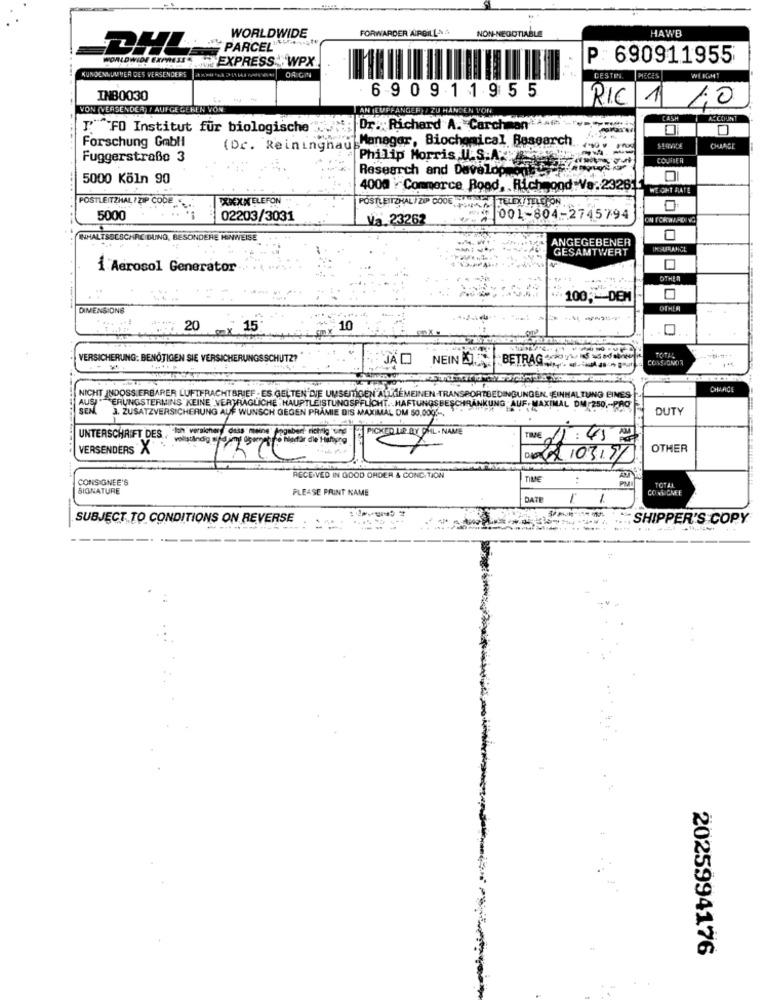
FORWARDER ARGILLA
NON-NEGOTIABLE
HAWE
WORLDWIDE
DHL
WORLDWIDE EXPRESS
EXPRESS WPX
P : 690911955
MECES
KUNDENNUMMER DES VERSENDERS aXML -a 2 6%LS RAR 00 09| ORIGIN
. . 1
DESTIN
WEKMT
690911955
IN80030
VON (VERSENDER) / AUFGE GEREN VON
AN (EUPFANGER) / ZU HANDEN 1
RIC 1 10
CASH
ACCOUNT
I ^FO Institut für biologische
Dr. Richard A. CarchmanA
Forschung Gmbll
(Dr. Reininghaj Manager, Biochemical Research
Fuggerstraße 3
COURIER
Philip Morris U.S.A.M.
Research and Develop ..
5000 Köln 90
4000 - Commerce Road, Richmond Va:23261
WE OHT RATE
POSTLEITZHAL / ZIP CODE
XIXNTELEFON
POSTLEITZHAL/ZIP 0006.
TELEX/ TELEFON
0
5000
02203/3031
Va.23262
001-804-2745794
INHALTSBESCHREIBUNG, BESONDERE HINWEISE
ANGEGEBENER
GESAMTWERT
INSURANCE
1 Aerosol Generator
OTHER
100;DEM
DIMENSIONS
OTHER
-----
20
mx
15
10
VERSICHERUNG: BENÖTIGEN SIE VERSICHERUNGSSCHUTZ?
JA O
NEIN
BETRAG
CHARGE
NICHT INDOSSIERBARER LUFTFRACHTBRIEF - ES GELTEN DIE UMSEMGEN ALLGEMEINEN-TRANS
ORTBEDINGUNGEN. EINHALTUNG EINES
ERUNGSTERMINS KEINE VERTRAGLICHE . HAUPTLEISTUNGSPFLICHT. . HAFTUNG
LANKUNG AUF, MAXIMAL DM 250 ,- PRO
DUTY
SEN. J. ZUSATZVERSICHERUNG AUF WUNSCH GEGEN PRÄMIE DIS MAXIMAL DM 50.000 .-.
UNTERSCHRIFT DES. han versicher dass m
PICKED UP BY SAIL . NAME
TIME 11:45 2
VERSENDERS X
OTHER
volsanos zone
DA0 8/03/50
CONSIGNEE'S
RECEIVED IN GOOD ORDER & CONC.TION
TIME
TOTAL
SIGNATURE
PLEASE PRINT NAME
DATE
-
SUBJECT TO CONDITIONS ON REVERSE
SHIPPER'S COPY
2025994176